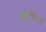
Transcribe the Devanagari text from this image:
अनुमितता